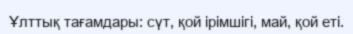
Ұлттық тағамдары: сүт, қой ірімшігі, май, қой еті.